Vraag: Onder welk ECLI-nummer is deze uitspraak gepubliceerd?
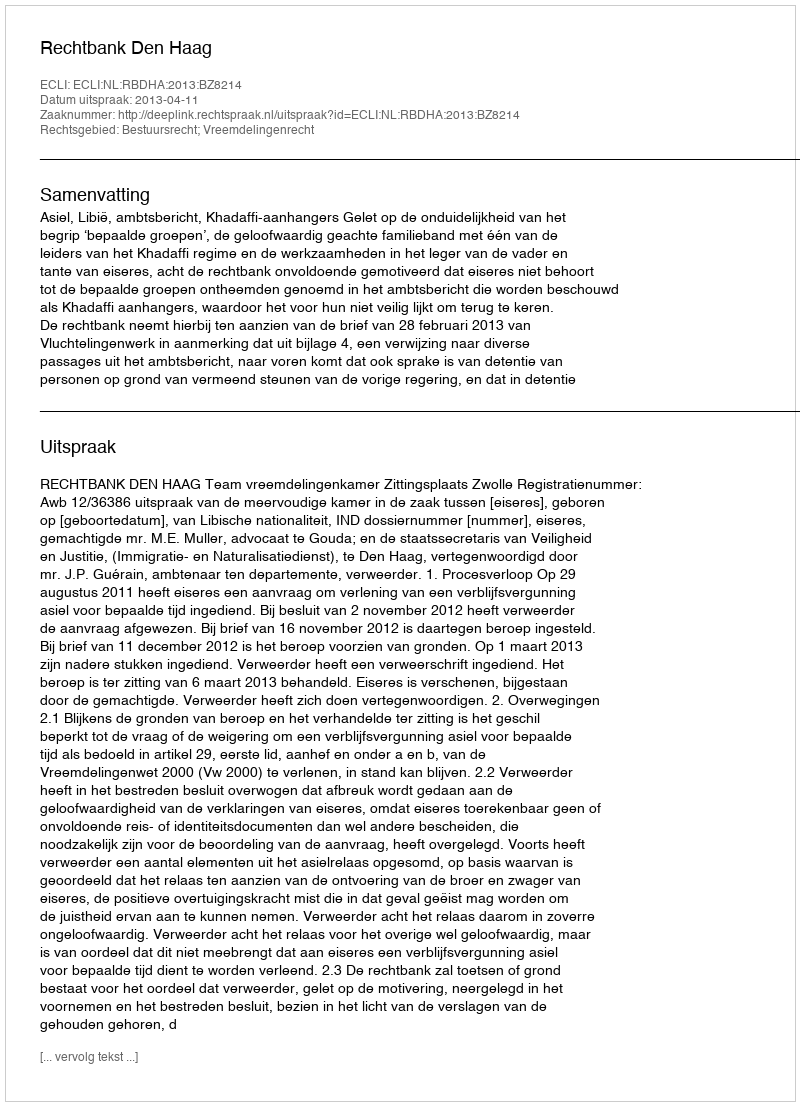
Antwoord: ECLI:NL:RBDHA:2013:BZ8214